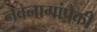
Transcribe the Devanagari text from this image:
नवनागांपैकी